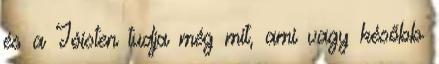
és a Jóisten tudja még mit, ami vagy később